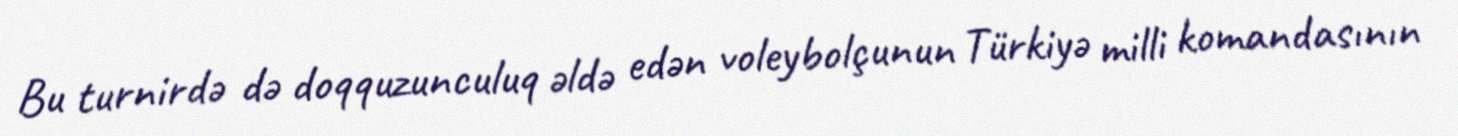
Bu turnirdə də doqquzunculuq əldə edən voleybolçunun Türkiyə milli komandasının